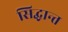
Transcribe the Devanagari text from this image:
सिद्घान्त